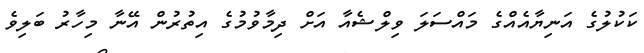
ކަކުލުގެ އަނިޔާއެއްގެ މައްސަލަ ވިލްޝެއާ އަށް ދިމާވުމުގެ އިތުރުން އޭނާ މިހާރު ބަލިވެ